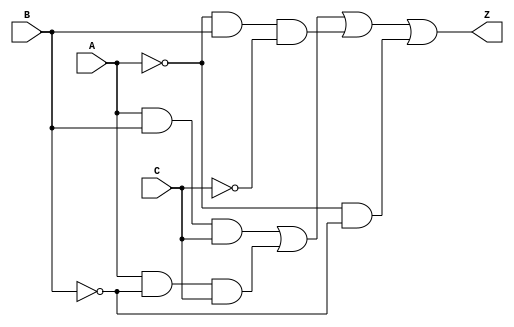
module prime_implicant_logic (
    input wire A,    // Input A
    input wire B,    // Input B
    input wire C,    // Input C
    output wire Z    // Output Z
);

// Internal signals for intermediate product terms
wire AB;         // A AND B
wire AB_not;     // A AND NOT B
wire A_notB;     // NOT A AND B
wire A_notB_not; // NOT A AND NOT B
wire C_term1;    // C term for first implicant
wire C_term2;    // C term for second implicant
wire C_term3;    // C term for third implicant
wire C_term4;    // C term for fourth implicant

// Define the product terms based on the chosen prime implicants
assign AB = A & B;                  // A AND B
assign AB_not = A & ~B;             // A AND NOT B
assign A_notB = ~A & B;             // NOT A AND B
assign A_notB_not = ~A & ~B;        // NOT A AND NOT B

// Create the product terms for the output
assign C_term1 = AB & C;            // ABC
assign C_term2 = AB_not & C;        // AB'C
assign C_term3 = A_notB & ~C;       // A'BC'
assign C_term4 = A_notB_not;        // A'B'C

// Combine the product terms using logical OR to form the final output
assign Z = C_term1 | C_term2 | C_term3 | C_term4; // Z = ABC + AB'C + A'BC' + A'B'C

endmodule